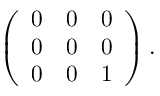
\left( \begin{array} { c c c } { { 0 } } & { { 0 } } & { { 0 } } \\ { { 0 } } & { { 0 } } & { { 0 } } \\ { { 0 } } & { { 0 } } & { { 1 } } \end{array} \right) .